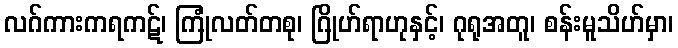
လဂ်ကားကရကဋ်၊ ကြုံလတ်တစု၊ ဂြိုဟ်ရာဟုနှင့်၊ ဂုရုအတူ၊ စန်းမူသိဟ်မှာ၊